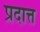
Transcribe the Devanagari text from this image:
प्रदात्त